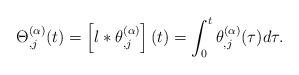
\begin{align*}\Theta_{,j}^{(\alpha)}(t)=\left[l*\theta_{,j}^{(\alpha)}\right](t)=\int_{0}^{t}\theta_{,j}^{(\alpha)}(\tau)d\tau.\end{align*}